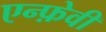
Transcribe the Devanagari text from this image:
एन्फ़ेवी